Leaving Certificate Examination (including Day School Certificate (Higher) General paper), 1930
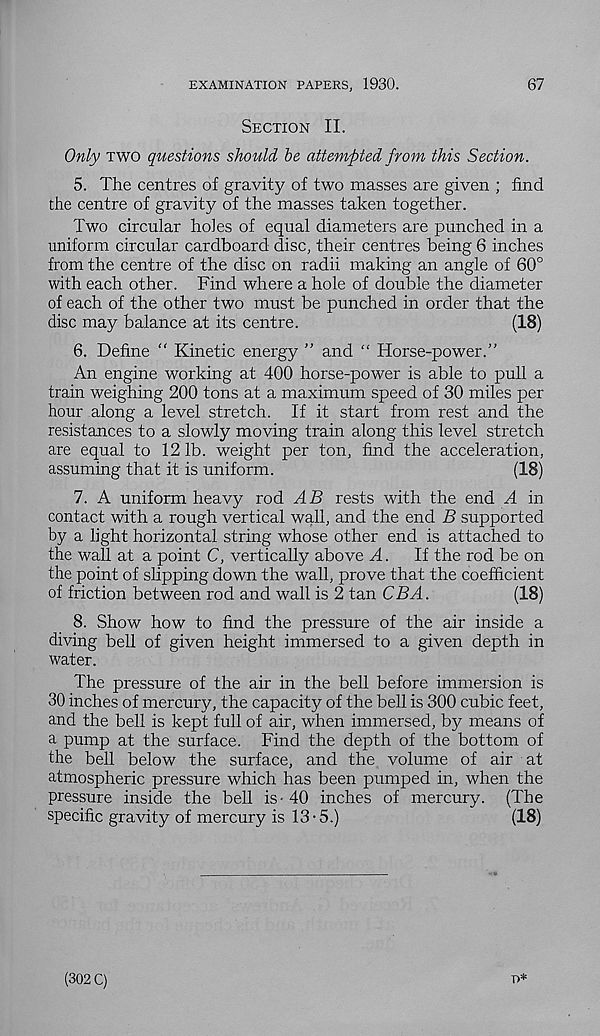
EXAMINATION PAPERS, 1930.
67
Section II.
Only two questions should be attempted from this Section.
5. The centres of gravity of two masses are given ; find
the centre of gravity of the masses taken together.
Two circular holes of equal diameters are punched in a
uniform circular cardboard disc, their centres being 6 inches
from the centre of the disc on radii making an angle of 60°
with each other. Find where a hole of double the diameter
of each of the other two must be punched in order that the
disc may balance at its centre.
(18)
6. Define “ Kinetic energy ” and “ Horse-power.”
An engine working at 400 horse-power is able to pull a
train weighing 200 tons at a maximum speed of 30 miles per
hour along a level stretch. If it start from rest and the
resistances to a slowly moving train along this level stretch
are equal to 12 lb. weight per ton, find the acceleration,
assuming that it is uniform.
(18)
7. A uniform heavy rod AB rests with the end A in
contact with a rough vertical wall, and the end B supported
by a light horizontal string whose other end is attached to
the wall at a point C, vertically above A.
If the rod be on
the point of slipping down the wall, prove that the coefficient
of friction between rod and wall is 2 tan CBA.
(18)
8. Show how to find the pressure of the air inside a
diving bell of given height immersed to a given depth in
water.
The pressure of the air in the bell before immersion is
30 inches of mercury, the capacity of the bell is 300 cubic feet,
and the bell is kept full of air, when immersed, by means of
a pump at the surface. Find the depth of the bottom of
the bell below the surface, and the volume of air at
atmospheric pressure which has been pumped in, when the
pressure inside the bell is - 40 inches of mercury. (The
specific gravity of mercury is 13-5.)
(18)